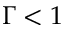
\Gamma < 1